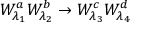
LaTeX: W _ { \lambda _ { 1 } } ^ { a } W _ { \lambda _ { 2 } } ^ { b } \to W _ { \lambda _ { 3 } } ^ { c } W _ { \lambda _ { 4 } } ^ { d }